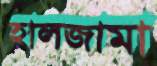
হালজামা